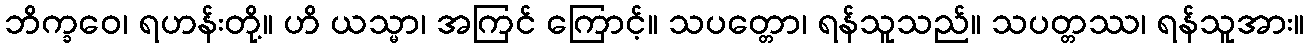
ဘိက္ခဝေ၊ ရဟန်းတို့။ ဟိ ယသ္မာ၊ အကြင် ကြောင့်။ သပတ္တော၊ ရန်သူသည်။ သပတ္တဿ၊ ရန်သူအား။